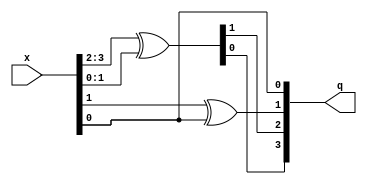
/*
* -----------------------------------------------------------------
* DOCUMENT: "Second-Order Low-Randomness d+1 Hardware Sharing of the AES" CCS'22
* -----------------------------------------------------------------
*
* Copyright (c) 2022, Aein Rezaei Shahmirzadi
*
* All rights reserved.
*
* THIS SOFTWARE IS PROVIDED BY THE COPYRIGHT HOLDERS AND CONTRIBUTORS "AS IS" AND
* ANY EXPRESS OR IMPLIED WARRANTIES, INCLUDING, BUT NOT LIMITED TO, THE IMPLIED
* WARRANTIES OF MERCHANTABILITY AND FITNESS FOR A PARTICULAR PURPOSE ARE
* DISCLAIMED. IN NO EVENT SHALL THE COPYRIGHT HOLDER OR CONTRIBUTERS BE LIABLE FOR ANY
* DIRECT, INDIRECT, INCIDENTAL, SPECIAL, EXEMPLARY, OR CONSEQUENTIAL DAMAGES
* (INCLUDING, BUT NOT LIMITED TO, PROCUREMENT OF SUBSTITUTE GOODS OR SERVICES;
* LOSS OF USE, DATA, OR PROFITS; OR BUSINESS INTERRUPTION) HOWEVER CAUSED AND
* ON ANY THEORY OF LIABILITY, WHETHER IN CONTRACT, STRICT LIABILITY, OR TORT
* (INCLUDING NEGLIGENCE OR OTHERWISE) ARISING IN ANY WAY OUT OF THE USE OF THIS
* SOFTWARE, EVEN IF ADVISED OF THE POSSIBILITY OF SUCH DAMAGE.
*
* Please see LICENSE and README for license and further instructions.
*/

//square & scale
module G16_sq_scl(
    input [3:0] x,
    output [3:0] q
    );

	wire [1:0] a;
	wire [1:0] b;
	wire [1:0] a_xor_b;
	wire [1:0] G4_sq_a_xor_b;
	wire [1:0] G4_sq_b;
	wire [1:0] G4_scl_N2_G4_sq_b;
	
	assign a 						= x[3:2];
	assign b 						= x[1:0];
	assign a_xor_b 				= a ^ b;
	assign G4_sq_a_xor_b 		= {a_xor_b[0], a_xor_b[1]};
	assign G4_sq_b 				= {b[0], b[1]};
	assign G4_scl_N2_G4_sq_b 	= {G4_sq_b[0] ^ G4_sq_b[1], G4_sq_b[1]};
	assign q 						= {G4_sq_a_xor_b, G4_scl_N2_G4_sq_b};
	
endmodule